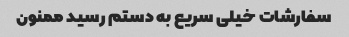
سفارشات خیلی سریع به دستم رسید ممنون